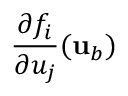
\frac { \partial f _ { i } } { \partial u _ { j } } ( { \mathbf { u } } _ { b } )